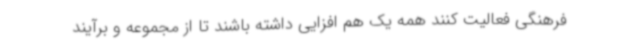
فرهنگی فعالیت کنند همه یک هم افزایی داشته باشند تا از مجموعه و برآیند